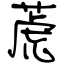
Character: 萀